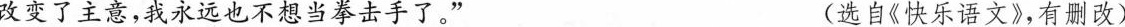
改变了主意，我永远也不想当拳击手了。” (选自《快乐语文》，有删改)